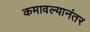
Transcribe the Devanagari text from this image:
कमावल्यानंतर